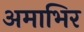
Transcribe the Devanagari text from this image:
अमाभिर